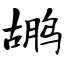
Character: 鹕